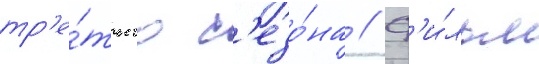
тр'е́тьего с'езо́на // Ф'и́льм